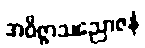
အဝိဇ္ဇာသညောဇနံ